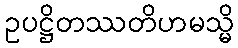
ဥပဋ္ဌိတဿတိဟမသ္မိ